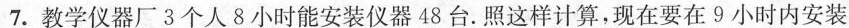
7.教学仪器厂3个人8小时能安装仪器48台.照这样计算，现在要在9小时内安装